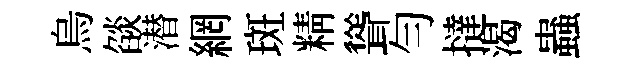
烏燄潜網斑精聳勻撻渴蟲